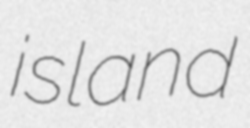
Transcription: island